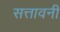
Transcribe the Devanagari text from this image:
सत्तावनी